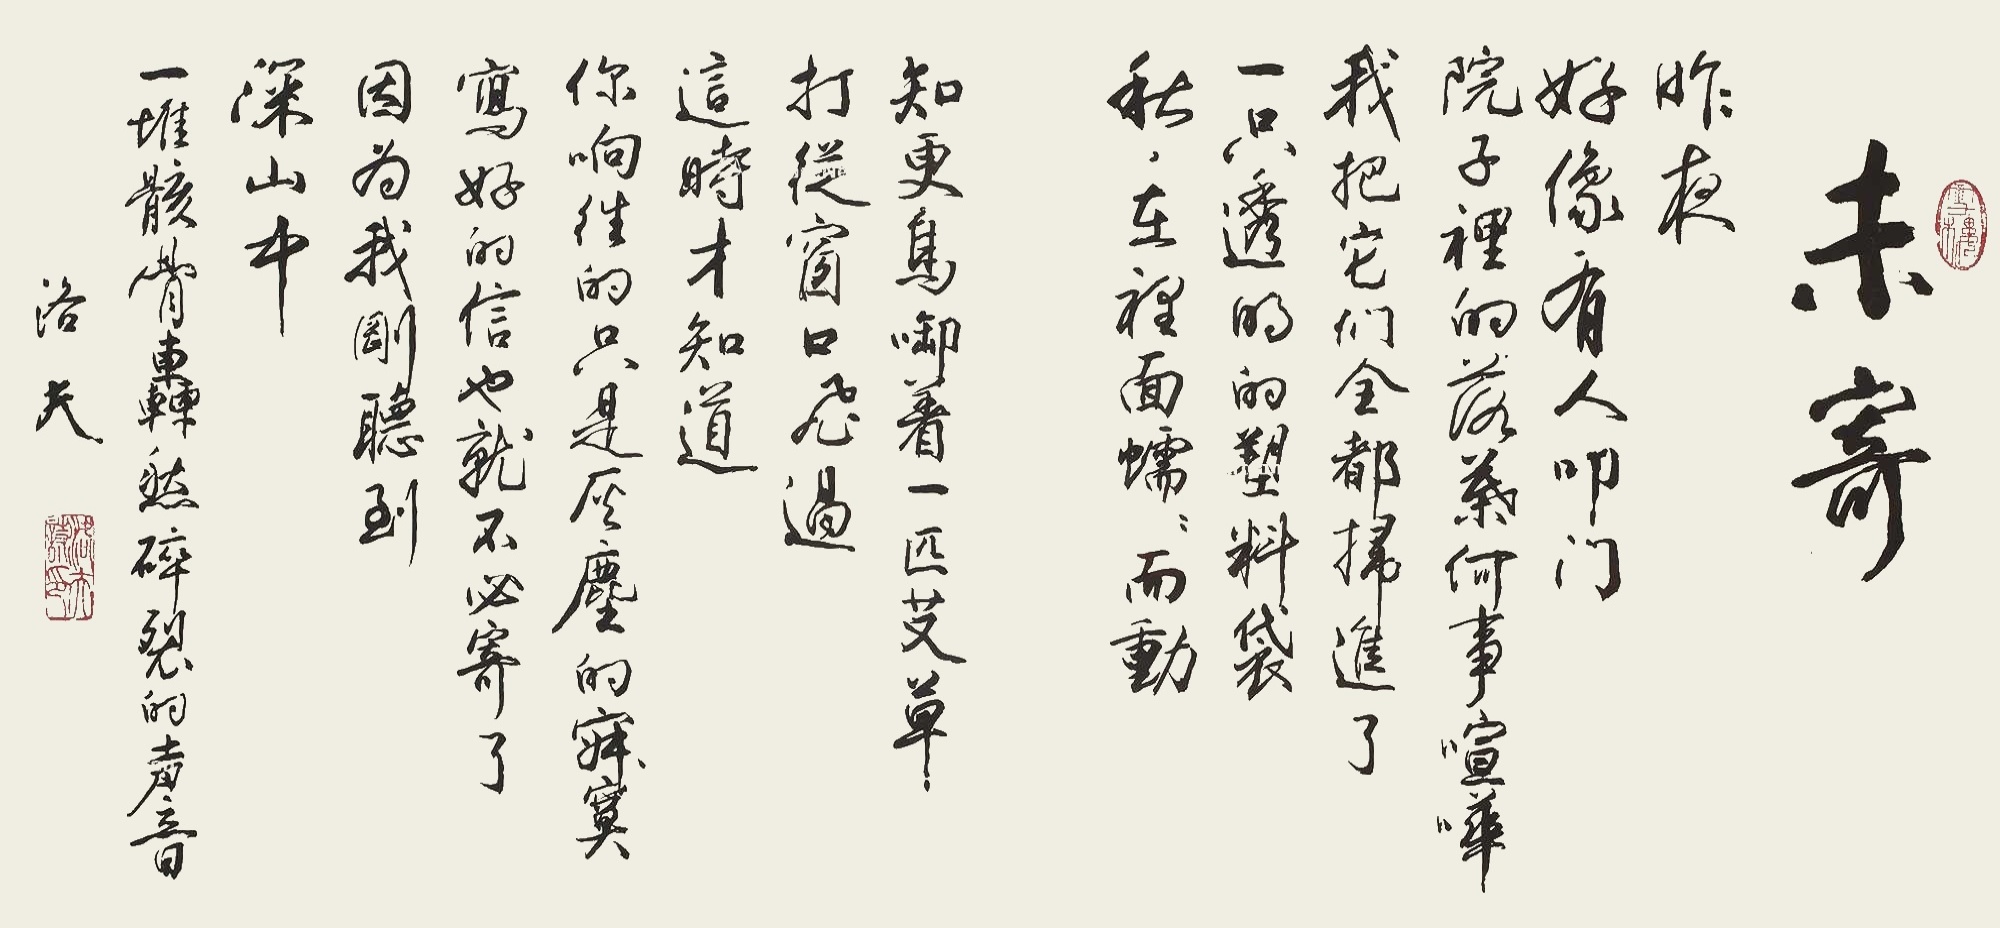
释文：昨夜，好像有人叩门，院子里的落叶何事喧哗，我把它们全都扫进了一只透明的塑料袋。秋，在里面蠕蠕而动。知更鸟啣着一匹艾草，打从窗口飞过，这时才知道，你向往的只是灰尘的寂寞，写好的信也就不必寄了，因为我刚听到深山中，一堆骸骨轰然碎裂的声音。洛夫。